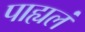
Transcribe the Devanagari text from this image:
पाह्यलं